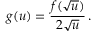
g ( u ) = \frac { f ( \sqrt { u } ) } { 2 \sqrt { u } } \, .